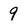
Character: 9